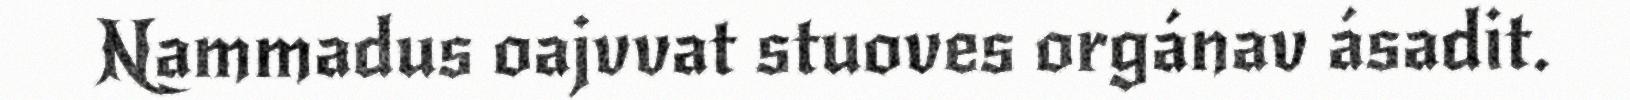
Nammadus oajvvat stuoves orgánav ásadit.